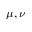
\mu , \nu